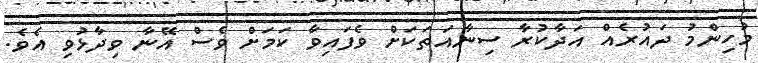
މުހިންމު ދައުރެއް އަދާކުރާ ސިނާއަތަކަށް ވެފައިވާ ކަމަށް ވެސް އޭނާ ވިދާޅުވި އެވެ.